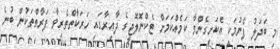
މި ބަދަލު ފެނުމަކީ އެކަށީގެންވާ ކަމެއްކަމަށް ޓެކްނޮލޮޖީގެ ދާއިރާގައި ހަރަކާތްތެރިވާ ފަރާތްތަކުން ބުނެ